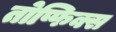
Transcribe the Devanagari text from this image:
तोप्फिक्स